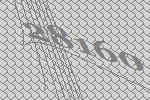
28160